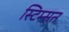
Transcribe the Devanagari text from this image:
स्टिम्सन